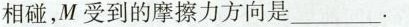
相碰，M受到的摩擦力方向是______。